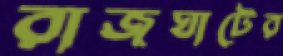
রাজঘাটের